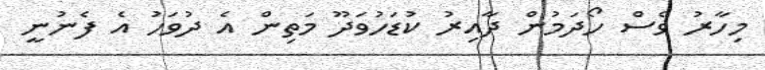
މިހާރު ވެސް ހޯދަމުން ދާއިރު ކުޑަހުވަދޫ މަތިން އެ ދުވަހު އެ ފެނުނީ